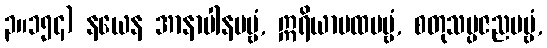
၃။၁၅၄) နယေန အာနာပါနပဗ္ဗံ, ဣရိယာပထပဗ္ဗံ, စတုသမ္ပဇညပဗ္ဗံ,